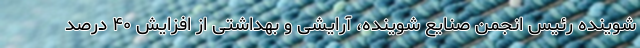
شوینده رئیس انجمن صنایع شوینده، آرایشی و بهداشتی از افزایش ۴۰ درصد